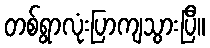
တစ်ရွာလုံးပြာကျသွားပြီ။